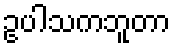
ဥပါသကဘူတာ